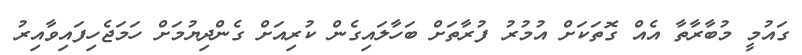
ގައުމީ މުބާރާތާ އެއް ގޮތަކަށް އުމުރު ފުރާތަށް ބަހާލައިގެން ކުރިއަށް ގެންދިޔުމަށް ހަމަޖެހިފައިވާއިރު